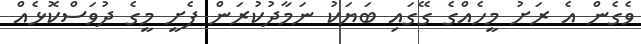
ވެގެން އެ ރަށު މީހެއްގެ ގޭގައި ބަޔަކު ނަމާދުކުރަން ފެށީ މީގެ ދުވަސްކޮޅެއް